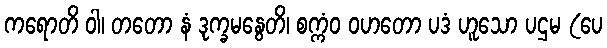
ကရောတိ ဝါ၊ တတော နံ ဒုက္ခမနွေတိ၊ စက္ကံဝ ဝဟတော ပဒံ ဟူသော ပဌမ (ပေ